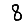
Digit: 8